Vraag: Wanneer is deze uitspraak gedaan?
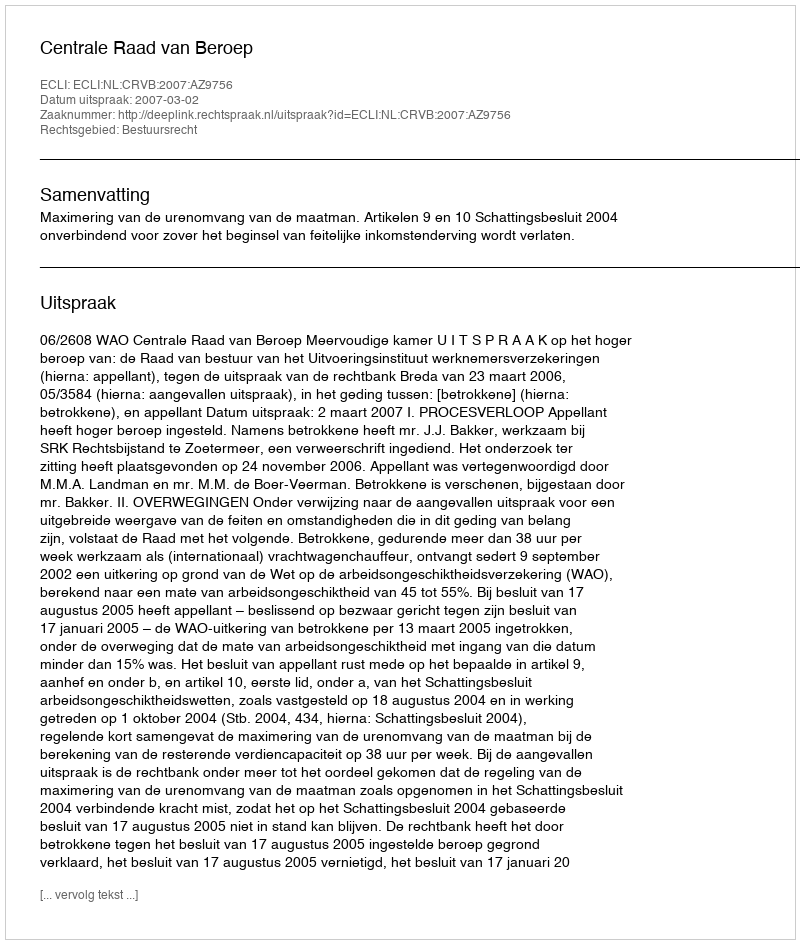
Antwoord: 2007-03-02